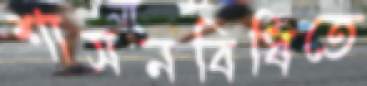
শাসনবিধিতে